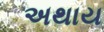
અથાય